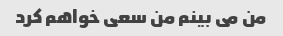
من می بینم من سعی خواهم کرد